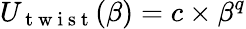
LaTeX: U_{\mathrm{~t~w~i~s~t~}}(\beta)=c\times\beta^{q}